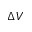
\Delta V